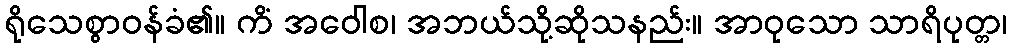
ရိုသေစွာဝန်ခံ၏။ ကိံ အဝေါစ၊ အဘယ်သို့ဆိုသနည်း။ အာဝုသော သာရိပုတ္တ၊